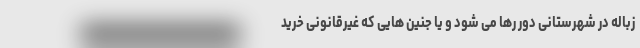
زباله در شهرستانی دور رها می شود و یا جنین هایی که غیرقانونی خرید